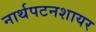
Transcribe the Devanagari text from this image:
नार्थपटनशायर